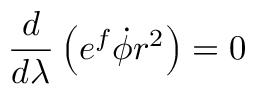
\frac { d } { d \lambda } \left( e ^ { f } \dot { \phi } r ^ { 2 } \right) = 0